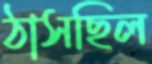
ঠাসছিল